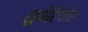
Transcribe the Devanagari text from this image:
सुपीरियोर